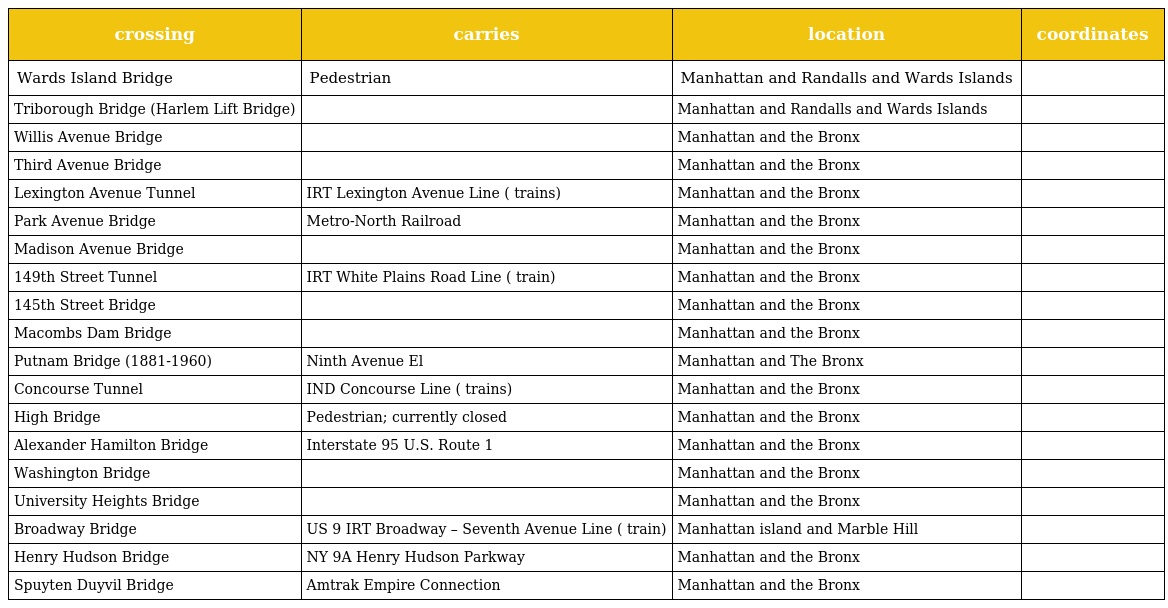
| crossing | carries | location | coordinates |
 | --- | --- | --- | --- |
 | Wards Island Bridge | Pedestrian | Manhattan and Randalls and Wards Islands |  |
 | Triborough Bridge (Harlem Lift Bridge) |  | Manhattan and Randalls and Wards Islands |  |
 | Willis Avenue Bridge |  | Manhattan and the Bronx |  |
 | Third Avenue Bridge |  | Manhattan and the Bronx |  |
 | Lexington Avenue Tunnel | IRT Lexington Avenue Line ( trains) | Manhattan and the Bronx |  |
 | Park Avenue Bridge | Metro-North Railroad | Manhattan and the Bronx |  |
 | Madison Avenue Bridge |  | Manhattan and the Bronx |  |
 | 149th Street Tunnel | IRT White Plains Road Line ( train) | Manhattan and the Bronx |  |
 | 145th Street Bridge |  | Manhattan and the Bronx |  |
 | Macombs Dam Bridge |  | Manhattan and the Bronx |  |
 | Putnam Bridge (1881-1960) | Ninth Avenue El | Manhattan and The Bronx |  |
 | Concourse Tunnel | IND Concourse Line ( trains) | Manhattan and the Bronx |  |
 | High Bridge | Pedestrian; currently closed | Manhattan and the Bronx |  |
 | Alexander Hamilton Bridge | Interstate 95 U.S. Route 1 | Manhattan and the Bronx |  |
 | Washington Bridge |  | Manhattan and the Bronx |  |
 | University Heights Bridge |  | Manhattan and the Bronx |  |
 | Broadway Bridge | US 9 IRT Broadway – Seventh Avenue Line ( train) | Manhattan island and Marble Hill |  |
 | Henry Hudson Bridge | NY 9A Henry Hudson Parkway | Manhattan and the Bronx |  |
 | Spuyten Duyvil Bridge | Amtrak Empire Connection | Manhattan and the Bronx |  |